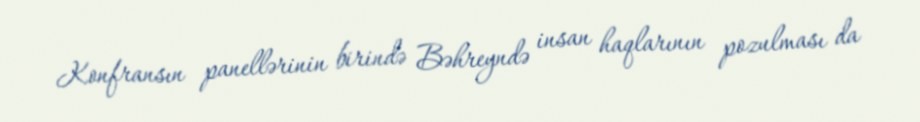
Konfransın panellərinin birində Bəhreyndə insan haqlarının pozulması da